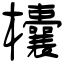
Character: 欜